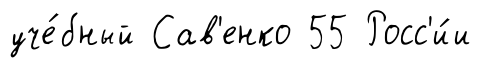
уче́бный Сав'енко 55 Росс'и́и